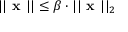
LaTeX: | | { \textbf { x } } | | \leq \beta \cdot | | { \textbf { x } } | | _ { 2 }